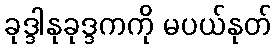
ခုဒ္ဒါနုခုဒ္ဒကကို မပယ်နုတ်